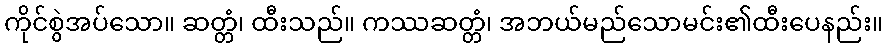
ကိုင်စွဲအပ်သော။ ဆတ္တံ၊ ထီးသည်။ ကဿဆတ္တံ၊ အဘယ်မည်သောမင်း၏ထီးပေနည်း။